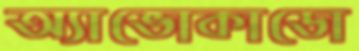
অ্যাভোকাডো